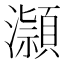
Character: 𪷿